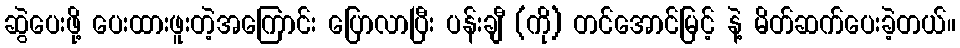
ဆွဲပေးဖို့ ပေးထားဖူးတဲ့အကြောင်း ပြောလာပြီး ပန်းချီ (ကို) တင်အောင်မြင့် နဲ့ မိတ်ဆက်ပေးခဲ့တယ်။